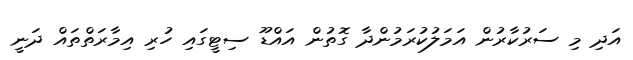
އަދި މި ސަރުކާރުން އަމަލުކުރަމުންދާ ގޮތުން އައްޑޫ ސިޓީގައި ހުރި އިމާރަތްތައް ދަނީ